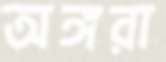
অঙ্গরা